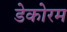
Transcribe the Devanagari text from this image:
डेकोरम